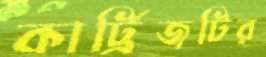
কার্ট্রিজটির